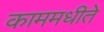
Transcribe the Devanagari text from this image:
काममधीते